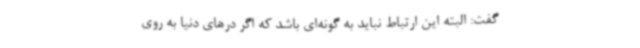
گفت: البته این ارتباط نباید به گونه‌ای باشد که اگر درهای دنیا به روی